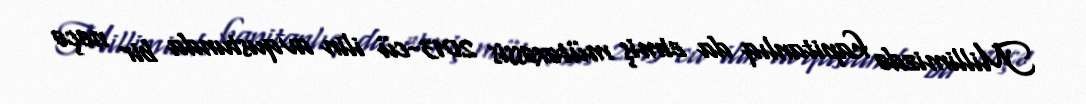
Millimizdə kapitanlıq da etmiş mütəxəssis 2013-cü ilin avqustunda bir neçə